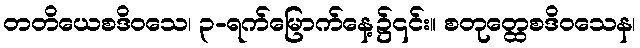
တတိယေစဒိဝသေ၊ ၃-ရက်မြောက်နေ့၌၎င်း။ စတုတ္ထေစဒိဝသေန၊